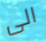
الى